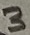
Text: 3